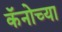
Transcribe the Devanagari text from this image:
कॅनोच्या